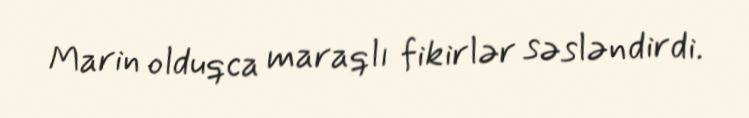
Marin olduqca maraqlı fikirlər səsləndirdi.